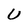
Character: U